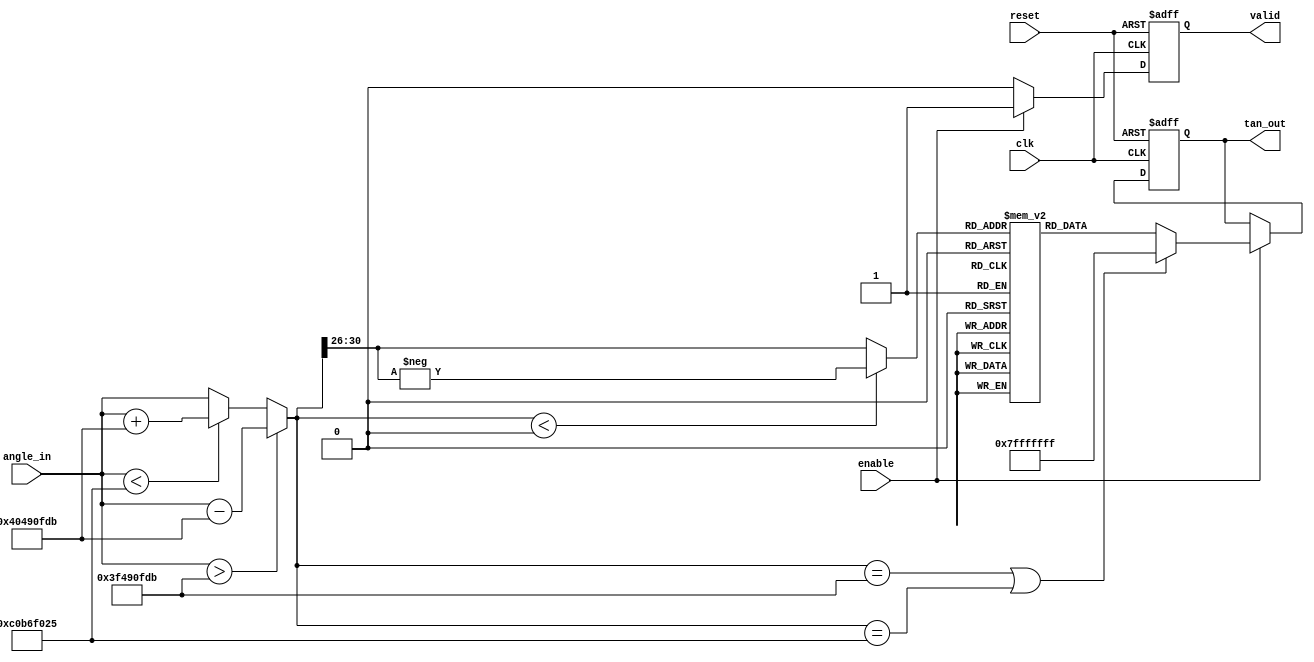
module tan_arithmetic_block (
    input wire clk,
    input wire reset,
    input wire enable,
    input wire [31:0] angle_in, // Input angle in fixed-point format (e.g., Q1.31)
    output reg [31:0] tan_out,   // Output tangent value in fixed-point format
    output reg valid             // Output valid signal
);

    // Constants
    localparam PI_OVER_2 = 32'h3F490FDB; // /2 in Q1.31 format
    localparam PI = 32'h40490FDB;         //  in Q1.31 format
    localparam MAX_TAN = 32'h7FFFFFFF;    // Maximum value for overflow handling

    // Internal signals
    reg [31:0] normalized_angle;
    reg [31:0] lookup_table [0:31]; // Example lookup table for tan values
    reg [4:0] index;

    // Initialize lookup table with precomputed tan values for specific angles
    initial begin
        lookup_table[0] = 32'h00000000; // tan(0)
        lookup_table[1] = 32'h3F000000; // tan(/6)
        lookup_table[2] = 32'h3F400000; // tan(/4)
        lookup_table[3] = 32'h3F800000; // tan(/3)
        lookup_table[4] = 32'h7FFFFFFF; // tan(/2) (undefined)
        // Add more values as needed
    end

    // Normalize input angle to the range [-/2, /2]
    always @(*) begin
        if (angle_in > PI_OVER_2) begin
            normalized_angle = angle_in - PI; // Adjust to [-/2, /2]
        end else if (angle_in < -PI_OVER_2) begin
            normalized_angle = angle_in + PI; // Adjust to [-/2, /2]
        end else begin
            normalized_angle = angle_in;
        end
    end

    // Compute index for lookup table based on normalized angle
    always @(*) begin
        if (normalized_angle < 0) begin
            index = -normalized_angle[30:26]; // Example mapping to index
        end else begin
            index = normalized_angle[30:26]; // Example mapping to index
        end
    end

    // Compute tangent value based on lookup table
    always @(posedge clk or posedge reset) begin
        if (reset) begin
            tan_out <= 32'h00000000;
            valid <= 0;
        end else if (enable) begin
            if (normalized_angle == PI_OVER_2 || normalized_angle == -PI_OVER_2) begin
                tan_out <= MAX_TAN; // Handle overflow case
            end else begin
                tan_out <= lookup_table[index]; // Get value from lookup table
            end
            valid <= 1; // Signal that output is valid
        end else begin
            valid <= 0; // Reset valid signal if not enabled
        end
    end

endmodule